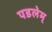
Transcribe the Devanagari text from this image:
पडलेम्